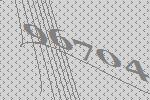
96704